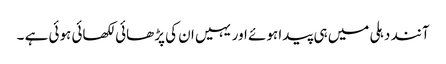
آنند دہلی میں ہی پیدا ہوئے اور یہیں ان کی پڑھائی لکھائی ہوئی ہے ۔